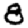
Digit: 8